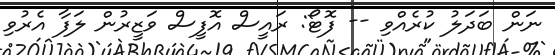
ނަން ބަދަލު ކުރެއްވި -- ފޮޓޯ: ރައީސް އޮފީސް ވަޒީރުން ލަފާ އެރުވި